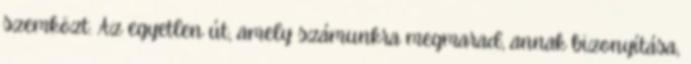
szemközt. Az egyetlen út, amely számunkra megmarad, annak bizonyítása,